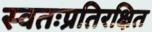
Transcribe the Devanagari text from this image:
स्वतःप्रतिरक्षित